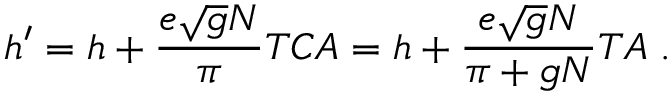
h ^ { \prime } = h + \frac { e \sqrt { g } N } { \pi } T C A = h + \frac { e \sqrt { g } N } { \pi + g N } T A \; .